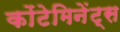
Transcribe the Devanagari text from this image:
कोंटेमिनेंट्स